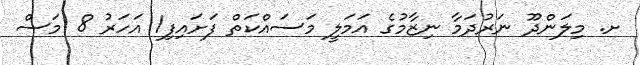
ށ. މިލަންދޫ ނަރުދަމާ ނިޒާމުގެ އަމަލީ މަސައްކަތް ފަށައިފި1 އަހަރު 8 މަސް